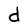
Character: d